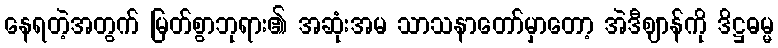
နေရတဲ့အတွက် မြတ်စွာဘုရား၏ အဆုံးအမ သာသနာတော်မှာတော့ အဲဒီဈာန်ကို ဒိဋ္ဌဓမ္မ